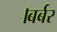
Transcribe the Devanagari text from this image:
।बर्बर